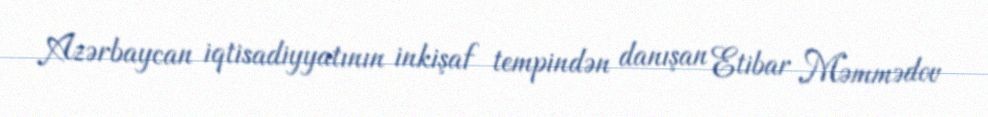
Azərbaycan iqtisadiyyatının inkişaf tempindən danışan Etibar Məmmədov